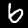
Label: 6